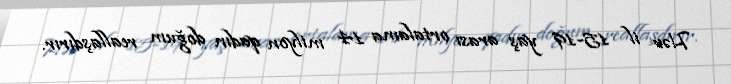
Hər il 15-19 yaş arası ortalama 14 milyon qadın doğum reallaşdırır.